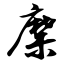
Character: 糜